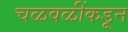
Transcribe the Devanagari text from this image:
चळवळींकडून